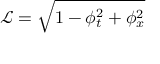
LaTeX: \mathcal { L } = \sqrt { 1 - \phi _ { t } ^ { 2 } + \phi _ { x } ^ { 2 } }